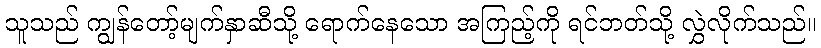
သူသည် ကျွန်တော့်မျက်နှာဆီသို့ ရောက်နေသော အကြည့်ကို ရင်ဘတ်သို့ လွှဲလိုက်သည်။